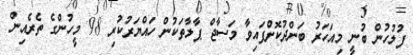
ފުލުހުން ބުނީ މިއަހަރު ބަންދުކޮށްފައިވާ މަސާޖް ޕާލާތަކުން ހައްޔަރުކުރި 98 މީހުންގެ ތެރެއިން